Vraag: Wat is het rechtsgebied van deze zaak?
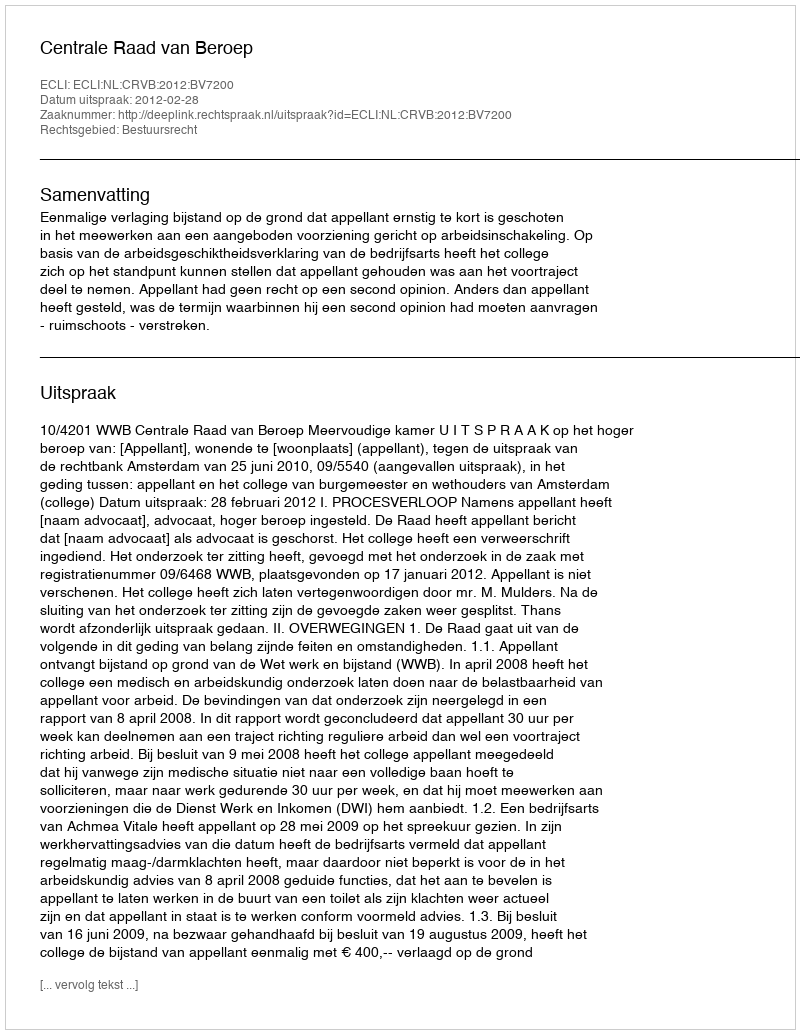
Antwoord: Bestuursrecht